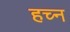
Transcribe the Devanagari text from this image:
हच्न